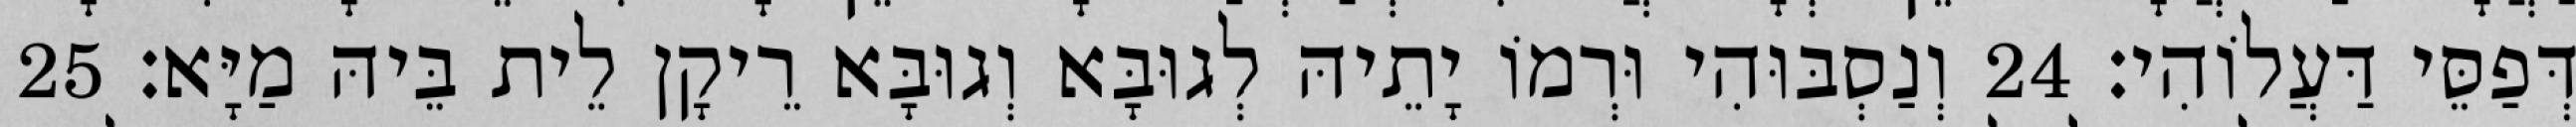
דְּפַסֵּי דַּעֲלוֹהִי׃ 24 וְנַסְבּוּהִי וּרְמוֹ יָתֵיהּ לְגוּבָּא וְגוּבָּא רֵיקָן לֵית בֵּיהּ מַיָּא׃ 25